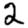
Digit: 2